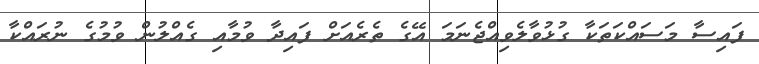
ފައިސާ މަސައްކަތަކާ ގުޅުވާލެވިއްޖެނަމަ އޭގެ ތެރެއަށް ފައިދާ ވުމާއި ގެއްލުން ވުމުގެ ނުރައްކާ